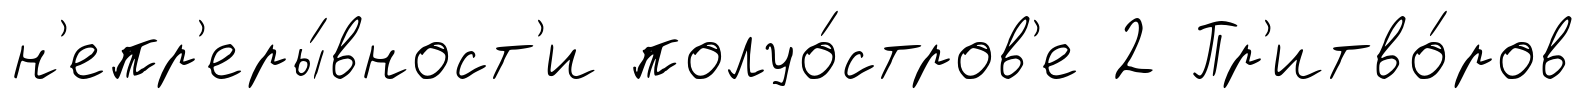
н'епр'еры́вност'и полуо́стров'е 2 Пр'итво́ров